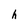
Character: h